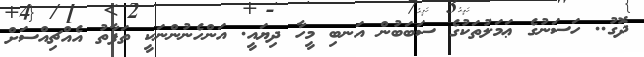
ދޮގު.. ހަސަނުގެ ޢަމަލުތަކުގެ ސަބަބުން އަނބި މީހާ ދިޔައީ. އަންހެނުންނަކީ ތަފާތު އެއްޗިއްސަށް